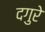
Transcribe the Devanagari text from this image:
दगुरे